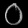
Digit: ၀